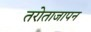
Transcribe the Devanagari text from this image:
तरोताजापन